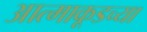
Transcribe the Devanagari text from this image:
आत्माकूडच्या